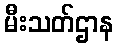
မီးသတ်ဌာန